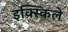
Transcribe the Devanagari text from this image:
इक्स्किले